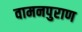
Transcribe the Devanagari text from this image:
वामनपुराण